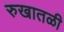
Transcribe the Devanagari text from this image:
रुखातळी